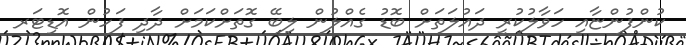
ކުންފުންޏާއި ހަވާލުކުރީ ދައުލަތަށް ބޮޑު ގެއްލުން ލިބޭ ގޮތަށްކަމަަށް ދާދި ފަހުން އޮޑިޓަރ